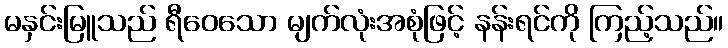
မနှင်းမြူသည် ရီဝေသော မျက်လုံးအစုံဖြင့် နန်းရင်ကို ကြည့်သည်။